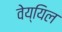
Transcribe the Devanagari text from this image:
वेय्यिल